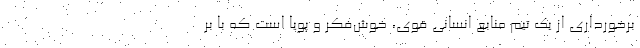
برخورداری از یک تیم منابع انسانی قوی، خوش‌فکر و پویا است که با بر